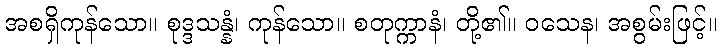
အစရှိကုန်သော။ စုဒ္ဒသန္နံ၊ ကုန်သော။ စတုက္ကာနံ၊ တို့၏။ ဝသေန၊ အစွမ်းဖြင့်။